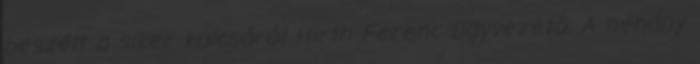
beszélt a siker kulcsáról Hirth Ferenc ügyvezetô. A néhány